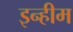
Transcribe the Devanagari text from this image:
इन्हीम